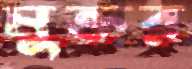
মুক্তর